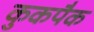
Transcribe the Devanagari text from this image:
कुकपैक